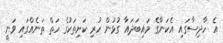
އެ ހާދިސާގައި އެކަނާގެ މައިބަދައާ ގުޅުން ހުރި ކަށިތަކުގެ ހަތް ތަނެއްގައި ވަނީ